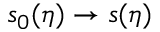
s _ { 0 } ( \eta ) \to s ( \eta )